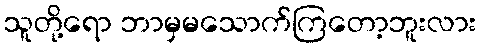
သူတို့ရော ဘာမှမသောက်ကြတော့ဘူးလား